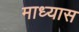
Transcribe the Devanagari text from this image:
माध्यास